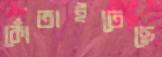
কোঁতাইতেছে